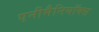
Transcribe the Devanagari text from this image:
एनीमैनियॉक्स